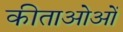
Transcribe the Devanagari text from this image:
कीताओओं